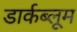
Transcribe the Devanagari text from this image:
डार्कब्लूम